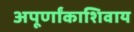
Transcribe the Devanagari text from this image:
अपूर्णांकाशिवाय